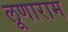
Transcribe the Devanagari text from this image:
लूणाराम